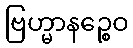
ဗြဟ္မာနဉ္စေဝ